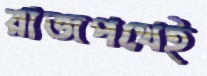
রাজপথেই